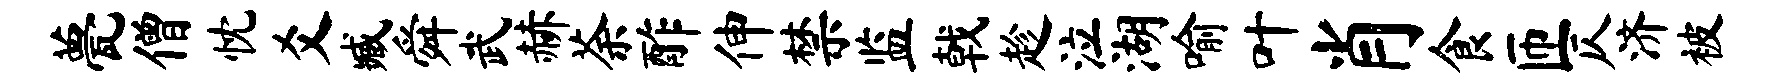
甍僧忱爻臧舜武赫荼酢伸禁监戟趁泣湖喻叶肖食匝仄济被